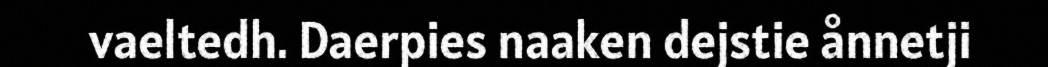
vaeltedh. Daerpies naaken dejstie ånnetji